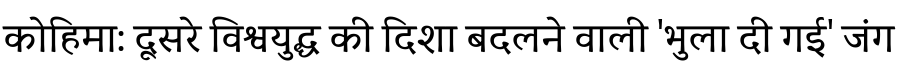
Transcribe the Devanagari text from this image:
कोहिमा: दूसरे विश्वयुद्ध की दिशा बदलने वाली 'भुला दी गई' जंग